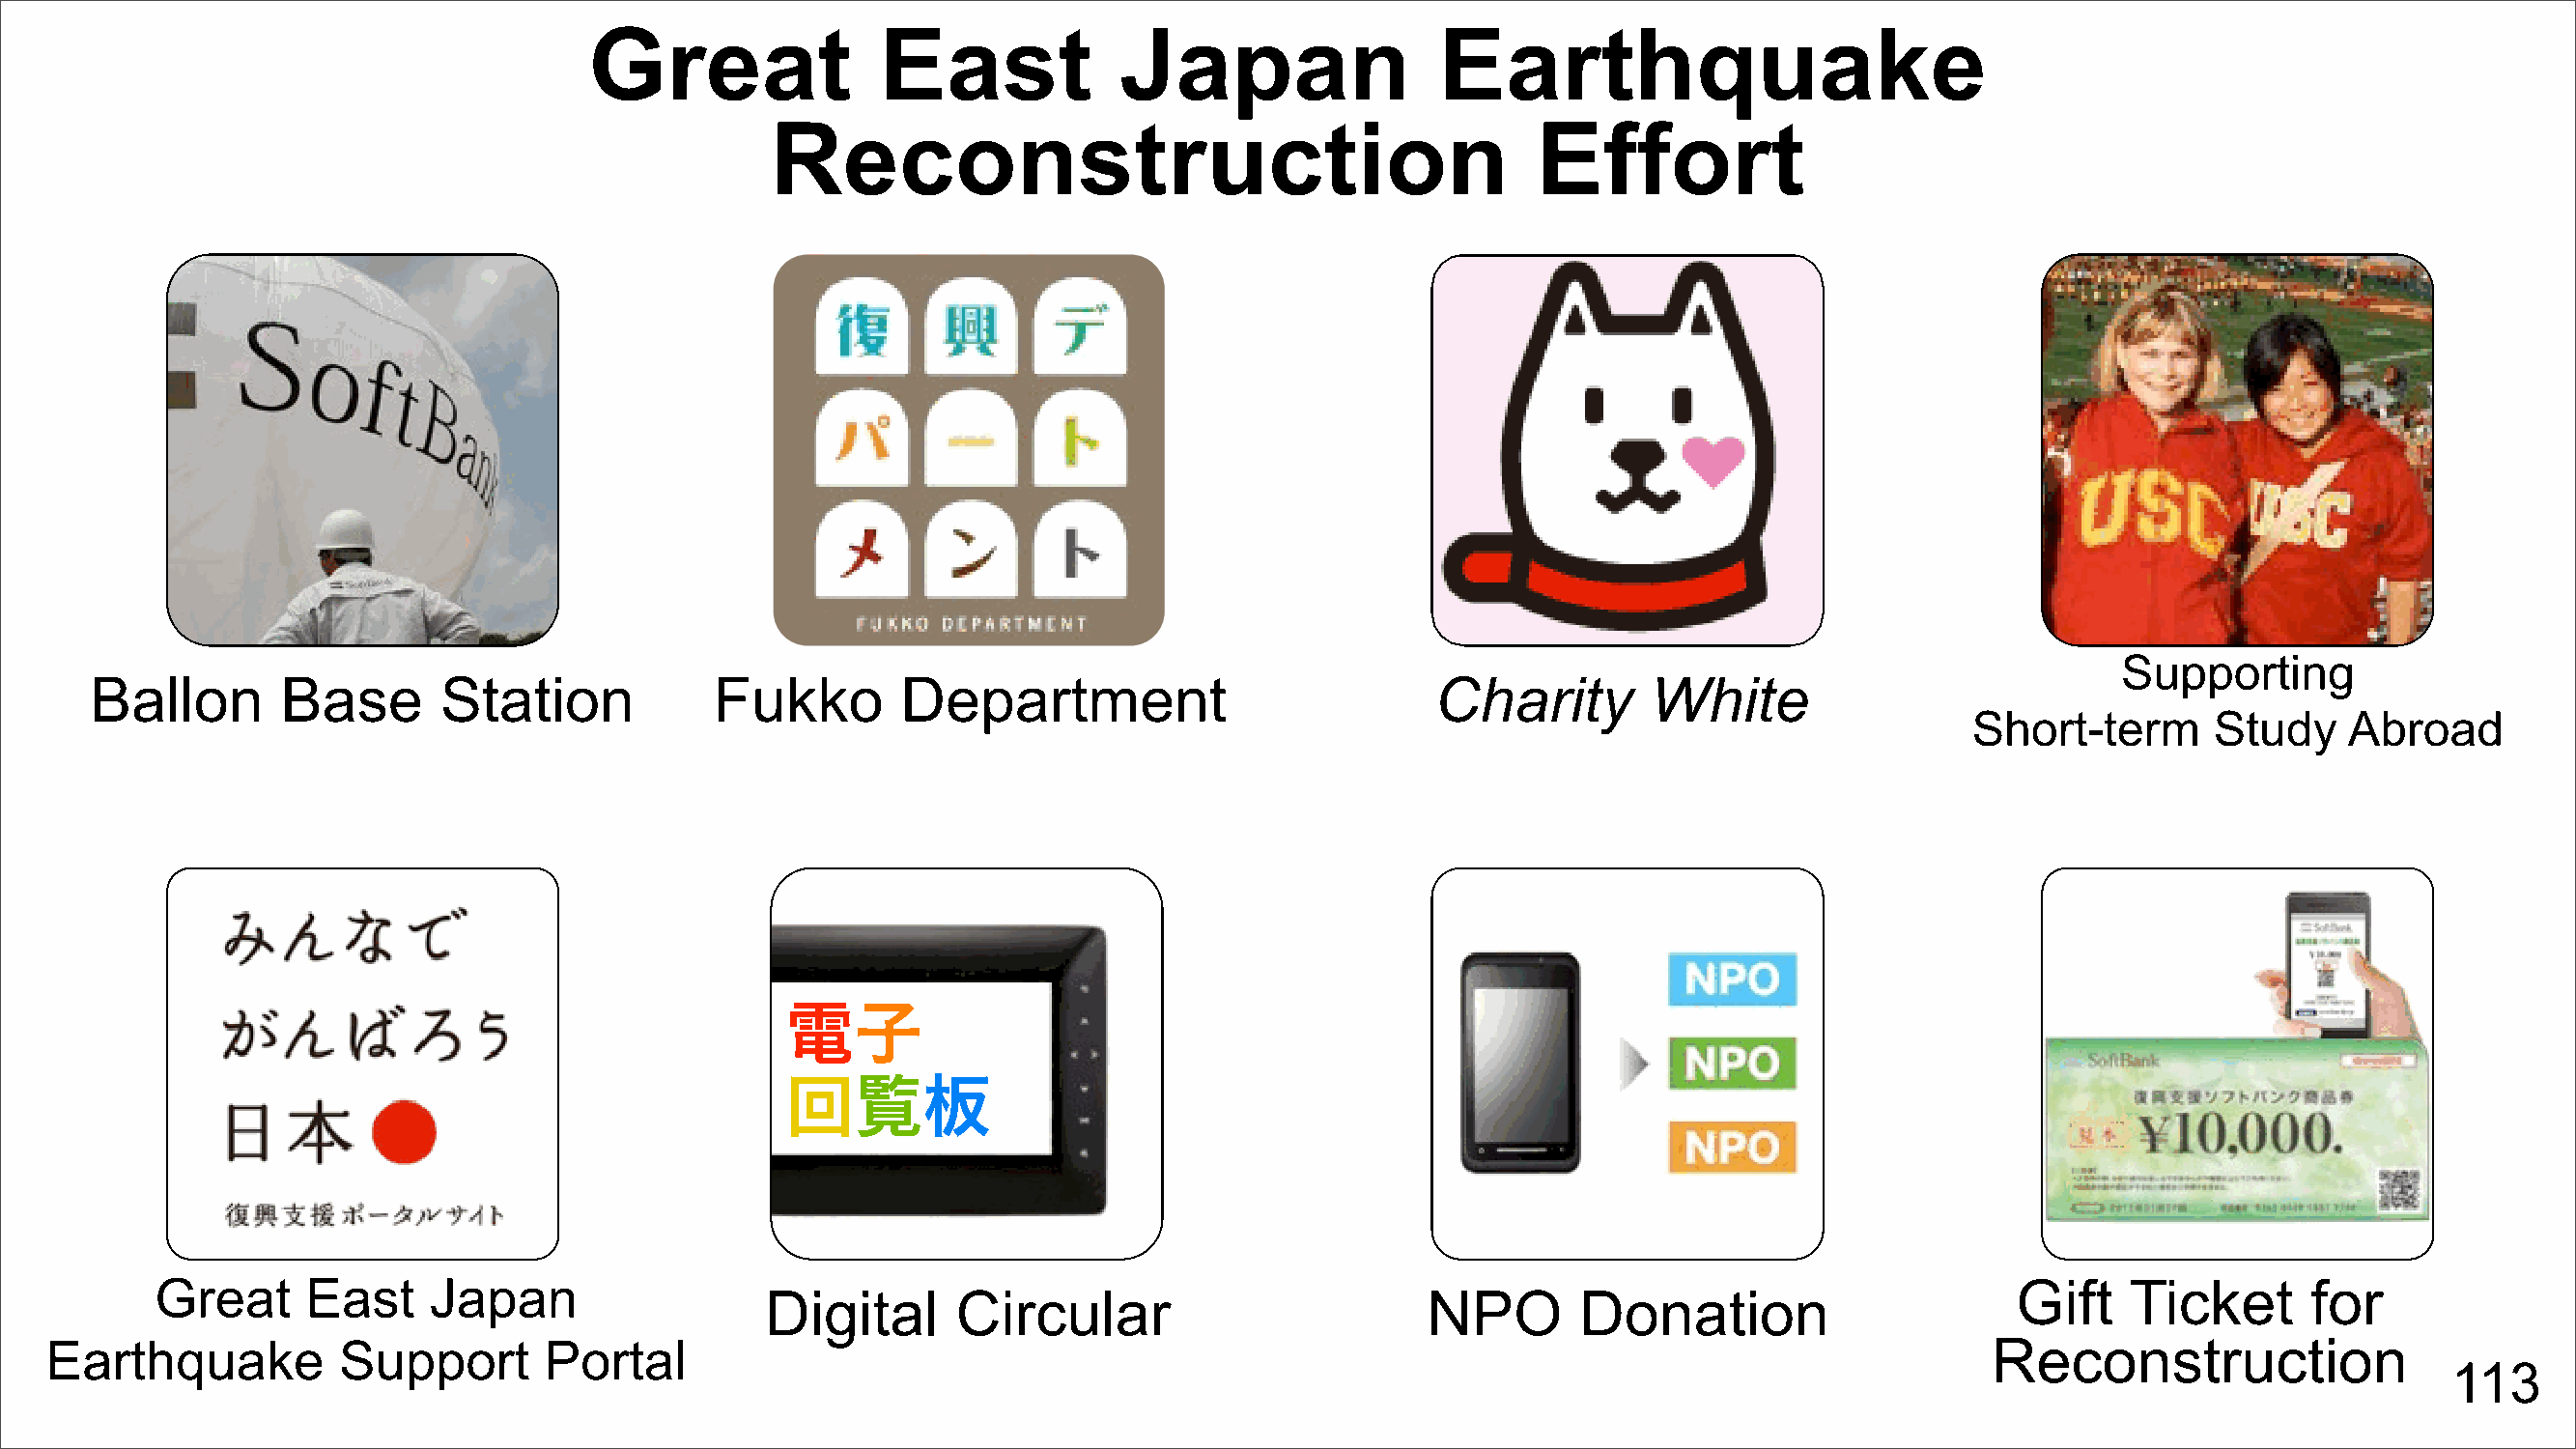
Great               East             Japan                 Earthquake
 Reconstruction                                      Effort
 Supporting
 Ballon       Base       Station            Fukko        Department                          Charity        White
 Short-term       Study    Abroad
 電子
 回覧板
 Great     East    Japan                                                                                                        Gift    Ticket      for
 Digital       Circular                        NPO       Donation
 Earthquake          Support       Portal                                                                                             Reconstruction
 113